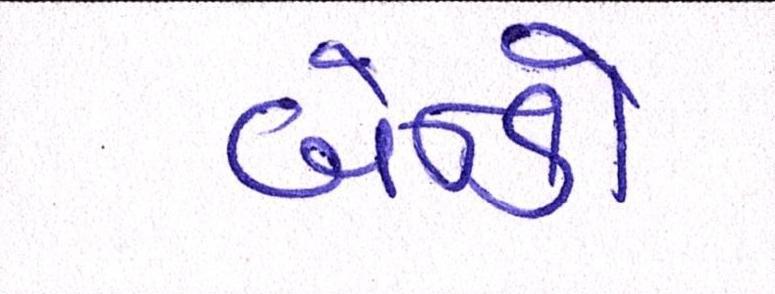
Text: બેન્કો